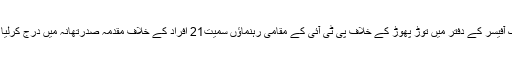
ریٹرننگ آفیسر کے دفتر میں توڑ پھوڑ کے خلاف پی ٹی آئی کے مقامی رہنماؤں سمیت21 افراد کے خلاف مقدمہ صدرتھانہ میں درج کرلیا گیا ہے۔